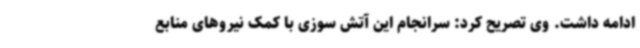
ادامه داشت. وی تصریح کرد: سرانجام این آتش سوزی با کمک نیروهای منابع